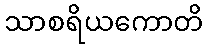
သာစရိယကောတိ